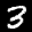
Label: 3